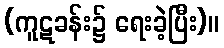
(ကူဋခန်း၌ ရေးခဲ့ပြီး)။